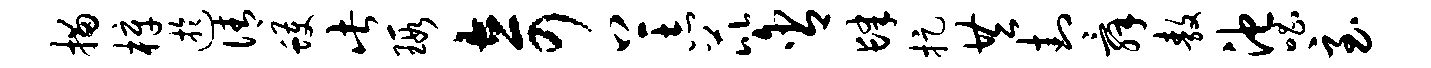
描梓迂倩蠖此瑕奇上志芘含肆捉共封舜敖池唱至